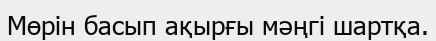
Мөрін басып ақырғы мәңгі шартқа.